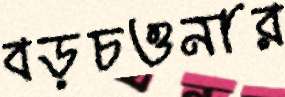
বড়চওনার